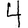
Digit: 4